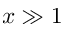
x \gg 1